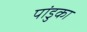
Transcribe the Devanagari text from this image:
पांडुका